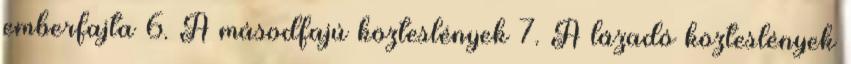
emberfajta 6. A másodfajú közteslények 7. A lázadó közteslények